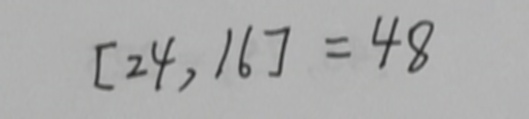
[ 2 4 , 1 6 ] = 4 8